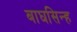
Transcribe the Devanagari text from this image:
बाघसिन्ह